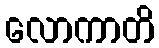
လောကာတိ